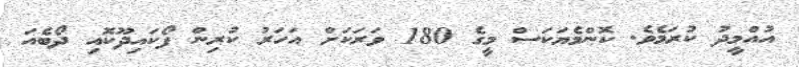
އުއްމީދު ކުރަމެވެ. ކޮންމެޔަކަސް މީގެ 180 ވަރަކަށް އަހަރު ކުރިން ފޯކައިދޫކޮއި ދޯބެއަ